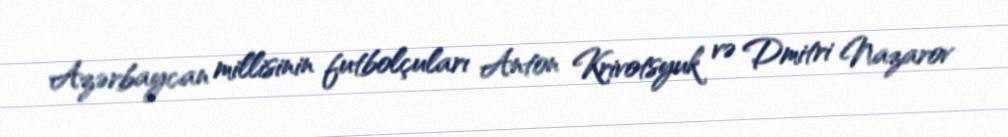
Azərbaycan millisinin futbolçuları Anton Krivotsyuk və Dmitri Nazarov